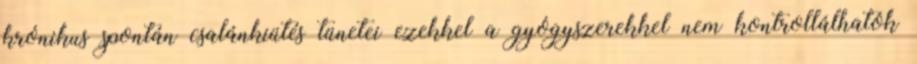
krónikus spontán csalánkiütés tünetei ezekkel a gyógyszerekkel nem kontrollálhatók